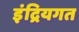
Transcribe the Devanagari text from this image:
इंद्रियगत